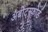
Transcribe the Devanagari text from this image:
अबोट्स्फोर्ड